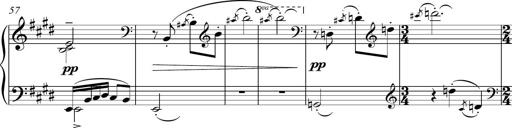
Title: Sonatina del HuÃ©car
Composer: JosÃ© Miguel Moreno Sabio